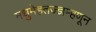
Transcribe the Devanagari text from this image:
मधुमेहतज्ज्ञम्हणून